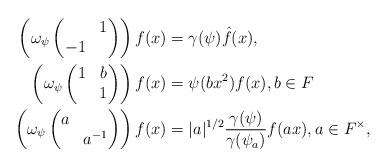
LaTeX: \begin{align*}\left(\omega_{\psi}\begin{pmatrix}&1\\ -1& \end{pmatrix}\right)f(x)&=\gamma(\psi)\hat f(x),\\\left(\omega_{\psi}\begin{pmatrix}1& b\\ &1 \end{pmatrix}\right) f(x)&=\psi(bx^2)f(x), b\in F\\\left(\omega_{\psi}\begin{pmatrix}a& \\ &a^{-1} \end{pmatrix}\right) f(x)&=|a|^{1/2}\frac{\gamma(\psi)}{\gamma(\psi_a)}f(ax), a\in F^\times,\end{align*}